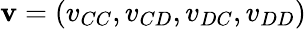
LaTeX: \mathbf{v}=(v_{CC},v_{CD},v_{DC},v_{DD})